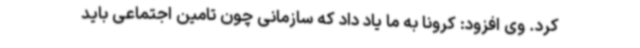
کرد. وی افزود: کرونا به ما یاد داد که سازمانی چون تامین اجتماعی باید